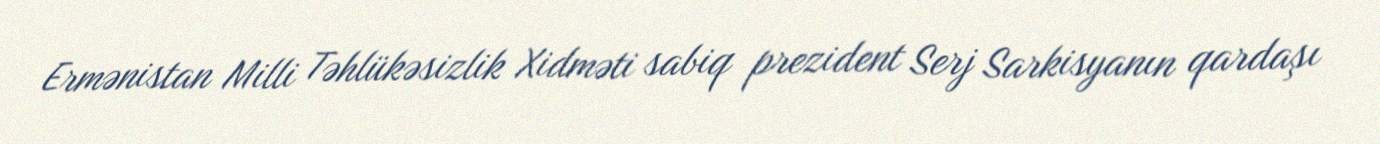
Ermənistan Milli Təhlükəsizlik Xidməti sabiq prezident Serj Sarkisyanın qardaşı